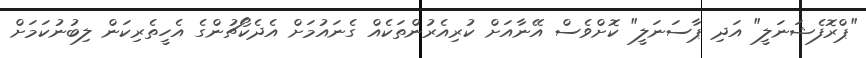
"ޕްރޮފެޝަނަލީ" އަދި ޕާސަނަލީ" ކޮށްވެސް އޭނާއަށް ކުރިއެރުންތަކެއް ގެނައުމަށް އެދެކޯޗުންގެ އެހީތެރިކަން ލިބުނުކަމަށް